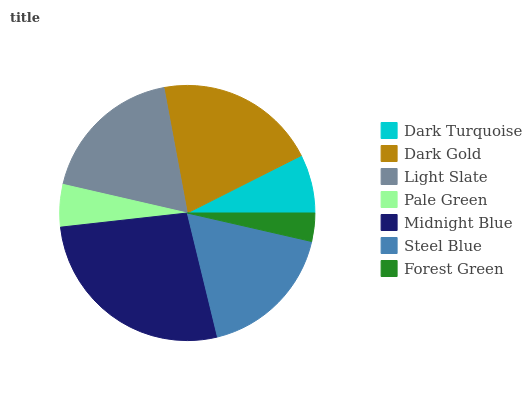
| Dark Turquoise | Dark Gold | Light Slate | Pale Green | Midnight Blue | Steel Blue | Forest Green |
 | --- | --- | --- | --- | --- | --- | --- |
 | 7.43% | 20.5% | 18.4% | 5.36% | 27% | 17.6% | 3.58% |